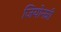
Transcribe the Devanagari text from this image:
जियोनन्नी